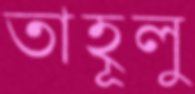
তাহূলু